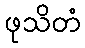
ဖုသိတံ